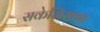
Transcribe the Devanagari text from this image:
सकेजिसका